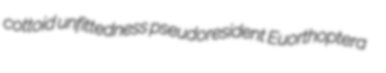
cottoid unfittedness pseudoresident Euorthoptera